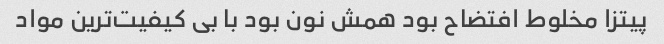
پیتزا مخلوط افتضاح بود همش نون بود با بی کیفیت‌ترین مواد